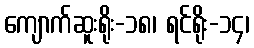
ကျောက်ဆူးရိုး-၁၈၊ ရင်ရိုး-၁၄၊